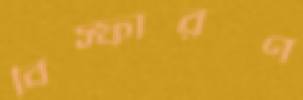
বিস্ফারণ